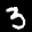
Label: 3